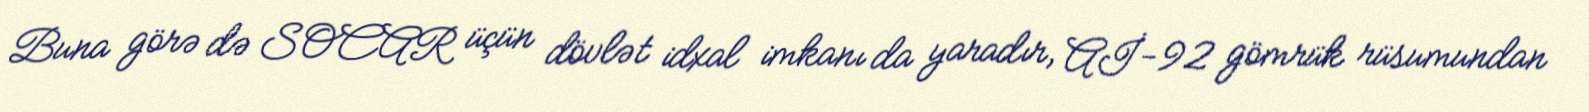
Buna görə də SOCAR üçün dövlət idxal imkanı da yaradır, Aİ-92 gömrük rüsumundan